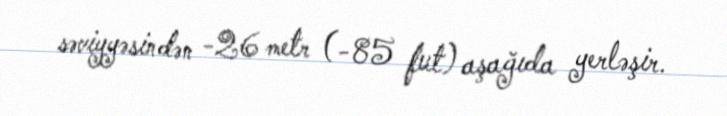
səviyyəsindən -26 metr (-85 fut) aşağıda yerləşir.